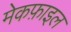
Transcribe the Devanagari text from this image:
मेकफ़ाइल